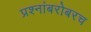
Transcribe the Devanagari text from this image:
प्रश्नांबरोबरच